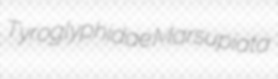
Tyroglyphidae Marsupiata